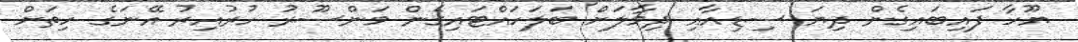
ޔޫހާ ފައިބައިގެން ދިޔަ ސިޑިއާއި ދިމާލަށް ބަލަހައްޓައިގެން މަންސޫރު ހުރުއިރު އޭނަގެ ހިތަށް